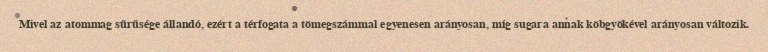
Mivel az atommag sűrűsége állandó, ezért a térfogata a tömegszámmal egyenesen arányosan, míg sugara annak köbgyökével arányosan változik.